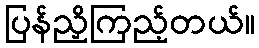
ပြန်ညှိကြည့်တယ်။